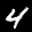
Label: 4